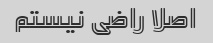
اصلا راضی نیستم